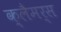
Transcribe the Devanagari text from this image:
क़्लैमर्स